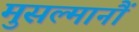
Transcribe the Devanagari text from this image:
मुसल्मानौं